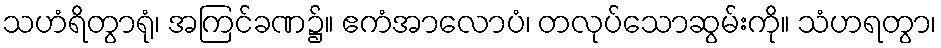
သဟံရိတွာရုံ၊ အကြင်ခဏ၌။ ဧကံအာလောပံ၊ တလုပ်သောဆွမ်းကို။ သံဟရတွာ၊